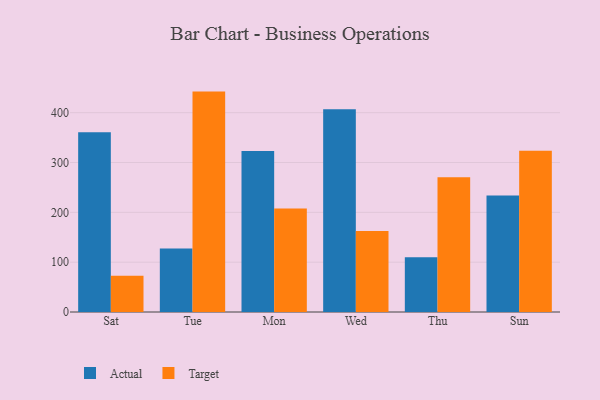
{"axis": {"x": "Day", "y": "Net Income (USD K)"}, "legend": ["Actual", "Target"], "data": [{"x": "Sat", "y": 360.8, "type": "Actual"}, {"x": "Sat", "y": 72.7, "type": "Target"}, {"x": "Tue", "y": 127.4, "type": "Actual"}, {"x": "Tue", "y": 442.3, "type": "Target"}, {"x": "Mon", "y": 323.1, "type": "Actual"}, {"x": "Mon", "y": 207.8, "type": "Target"}, {"x": "Wed", "y": 406.9, "type": "Actual"}, {"x": "Wed", "y": 162.5, "type": "Target"}, {"x": "Thu", "y": 109.8, "type": "Actual"}, {"x": "Thu", "y": 270.3, "type": "Target"}, {"x": "Sun", "y": 233.6, "type": "Actual"}, {"x": "Sun", "y": 323.7, "type": "Target"}]}